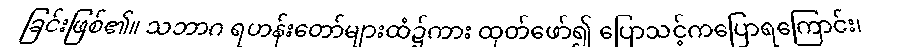
ခြင်းဖြစ်၏။ သဘာဂ ရဟန်းတော်များထံ၌ကား ထုတ်ဖော်၍ ပြောသင့်ကပြောရကြောင်း၊